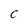
Character: C